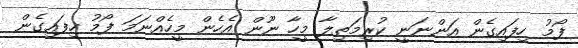
ފޯމު ހިފައިގެން އަންނަނީ ކުރިމަތިލާ މީހާ ނޫން އެހެން މީހެއްނަމަ ފޯމު ހިފައިގެން